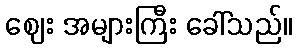
ဈေး အများကြီး ခေါ်သည်။